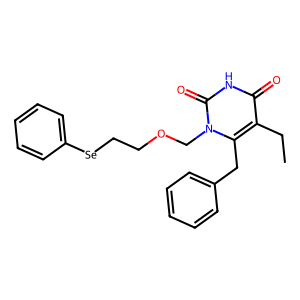
SMILES: CCc1c(Cc2ccccc2)n(COCC[Se]c2ccccc2)c(=O)[nH]c1=O
Inhibits HIV replication: Yes